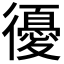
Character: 𢖒